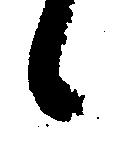
候